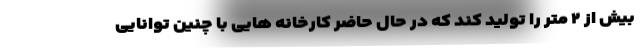
بیش از ۲ متر را تولید کند که در حال حاضر کارخانه هایی با چنین توانایی